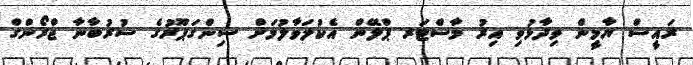
ރައީސް ޔާމީން ވިދާޅުވި އިރު މާސްޓަރ ޕްލޭން އެކުލަވާލުމަށް ސިންގަޕޫރުގެ ސުރުބާނާ ޖްރޯންގް